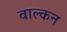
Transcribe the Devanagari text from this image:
वाल्कन